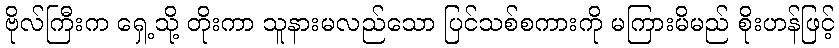
ဗိုလ်ကြီးက ရှေ့သို့ တိုးကာ သူနားမလည်သော ပြင်သစ်စကားကို မကြားမိမည် စိုးဟန်ဖြင့်